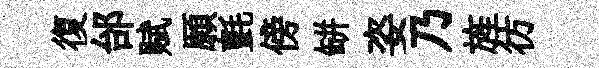
復邰赋願氈傍缾姿乃旌彷